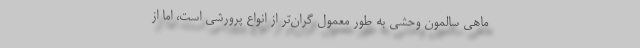
ماهی سالمون وحشی به طور معمول گران‌تر از انواع پرورشی است، اما از